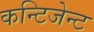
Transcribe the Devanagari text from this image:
कन्टिजेन्ट